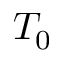
T _ { 0 }